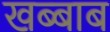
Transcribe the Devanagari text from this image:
खब्बाब